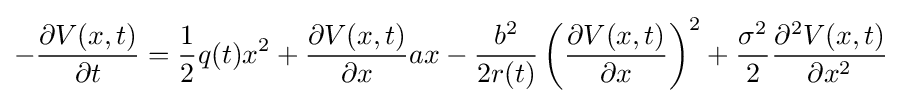
-{\frac {\partial V(x,t)}{\partial t}}={\frac {1}{2}}q(t)x^{2}+{\frac {\partial V(x,t)}{\partial x}}ax-{\frac {b^{2}}{2r(t)}}\left({\frac {\partial V(x,t)}{\partial x}}\right)^{2}+{\frac {\sigma ^{2}}{2}}{\frac {\partial ^{2}V(x,t)}{\partial x^{2}}}